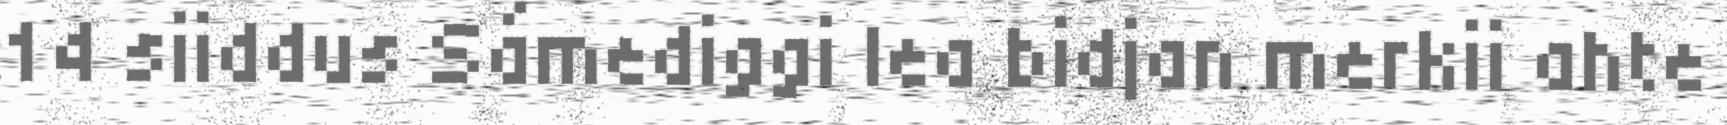
14 siiddus Sámediggi lea bidjan merkii ahte